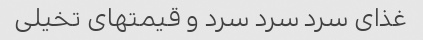
غذای سرد سرد سرد و قیمتهای تخیلی